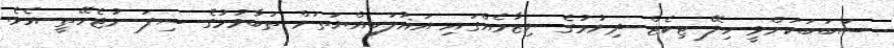
ސަބަބަކަށްވީ ހިލޭ ޓިކެޓް ދިނުމުގެ ނިޒާމެއްގައި އަޣުލަބިއްޔަތަށް ތަބާވުމުގެ ސިފަ ނުޖެހޭތީ އެވެ.